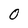
Character: 0